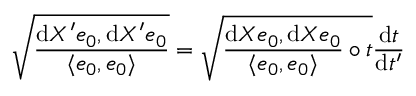
\sqrt { \frac { \displaystyle \mathrm { d } X ^ { \prime } e _ { 0 } , \mathrm { d } X ^ { \prime } e _ { 0 } } { \langle e _ { 0 } , e _ { 0 } \rangle } } = \sqrt { \frac { \mathrm { d } X e _ { 0 } , \mathrm { d } X e _ { 0 } } { \langle e _ { 0 } , e _ { 0 } \rangle } \circ t } \frac { \mathrm { d } t } { \mathrm { d } t ^ { \prime } }